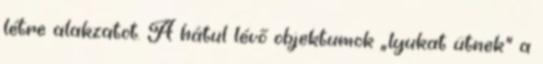
létre alakzatot. A hátul lévő objektumok „lyukat ütnek” a